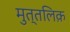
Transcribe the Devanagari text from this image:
मुत्तलिक़